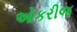
ઓકરીજ